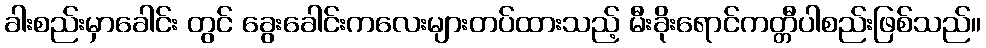
ခါးစည်းမှာခေါင်း တွင် ခွေးခေါင်းကလေးများတပ်ထားသည့် မီးခိုးရောင်ကတ္တီပါစည်းဖြစ်သည်။